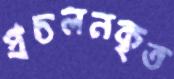
প্রচলনকৃত